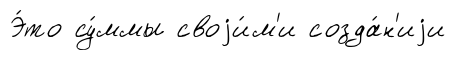
Э́то су́ммы своjи́м'и созда́н'иjи